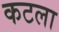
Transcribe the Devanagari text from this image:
कटला